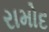
રામોદ